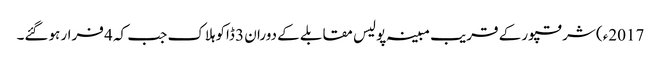
2017ء) شرقپور کے قریب مبینہ پولیس مقابلے کے دوران 3 ڈاکوہلاک جب کہ 4 فرار ہوگئے۔